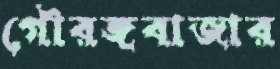
গৌরঙ্গবাজার